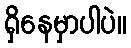
ရှိနေမှာပါပဲ။